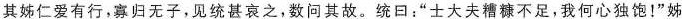
其姊仁爱有行，寡归无子，见统甚哀之，数问其故。统回：”士大夫糟糠不足，我何心独饱！”姊